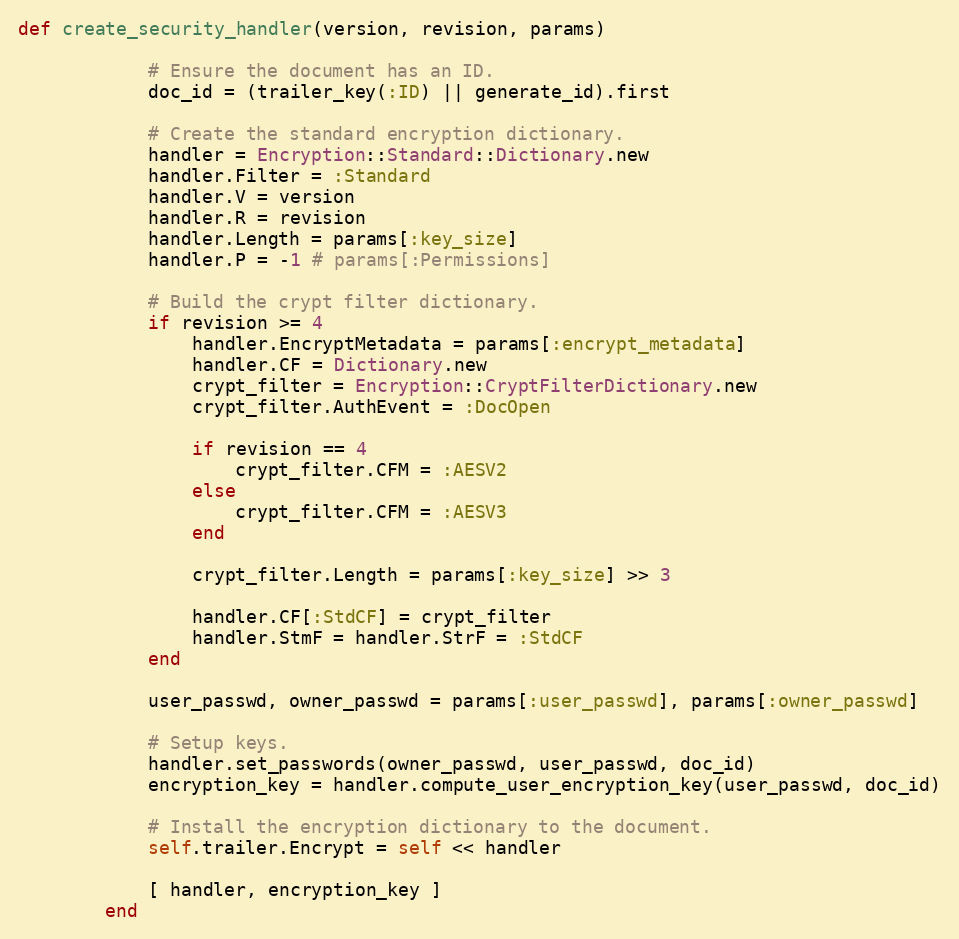
Language: Ruby
def create_security_handler(version, revision, params)

            # Ensure the document has an ID.
            doc_id = (trailer_key(:ID) || generate_id).first

            # Create the standard encryption dictionary.
            handler = Encryption::Standard::Dictionary.new
            handler.Filter = :Standard
            handler.V = version
            handler.R = revision
            handler.Length = params[:key_size]
            handler.P = -1 # params[:Permissions]

            # Build the crypt filter dictionary.
            if revision >= 4
                handler.EncryptMetadata = params[:encrypt_metadata]
                handler.CF = Dictionary.new
                crypt_filter = Encryption::CryptFilterDictionary.new
                crypt_filter.AuthEvent = :DocOpen

                if revision == 4
                    crypt_filter.CFM = :AESV2
                else
                    crypt_filter.CFM = :AESV3
                end

                crypt_filter.Length = params[:key_size] >> 3

                handler.CF[:StdCF] = crypt_filter
                handler.StmF = handler.StrF = :StdCF
            end

            user_passwd, owner_passwd = params[:user_passwd], params[:owner_passwd]

            # Setup keys.
            handler.set_passwords(owner_passwd, user_passwd, doc_id)
            encryption_key = handler.compute_user_encryption_key(user_passwd, doc_id)

            # Install the encryption dictionary to the document.
            self.trailer.Encrypt = self << handler

            [ handler, encryption_key ]
        end